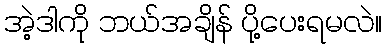
အဲ့ဒါကို ဘယ်အချိန် ပို့ပေးရမလဲ။